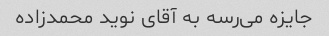
جایزه می‌رسه به آقای نوید محمدزاده